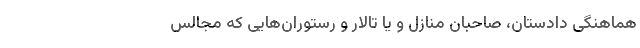
هماهنگی دادستان، صاحبان منازل و یا تالار و رستوران‌هایی که مجالس